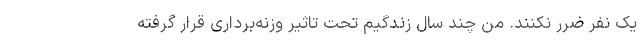
یک نفر ضرر نکنند. من چند سال زندگیم تحت تاثیر وزنه‌برداری قرار گرفته